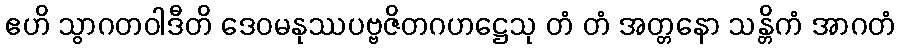
ဧဟိ သွာဂတဝါဒီတိ ဒေဝမနုဿပဗ္ဗဇိတဂဟဋ္ဌေသု တံ တံ အတ္တနော သန္တိကံ အာဂတံ